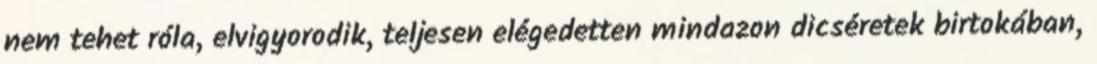
nem tehet róla, elvigyorodik, teljesen elégedetten mindazon dicséretek birtokában,